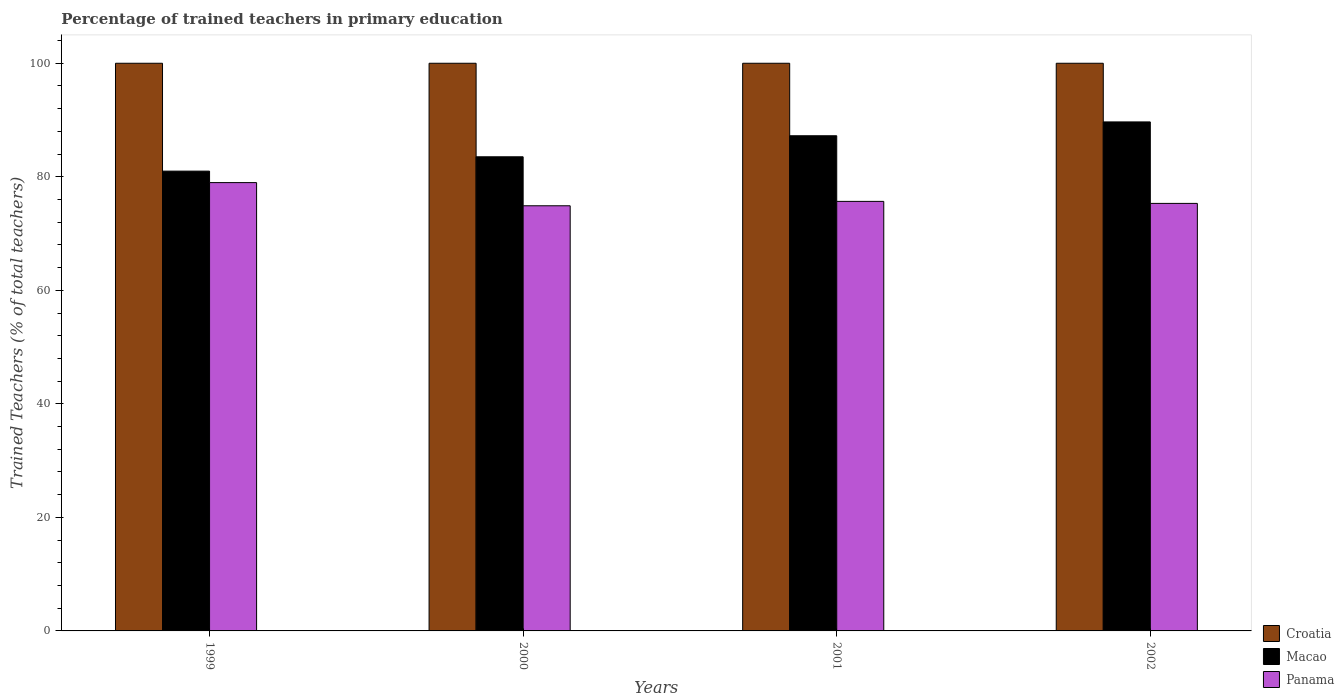
| Years | Croatia | Macao | Panama |
 | --- | --- | --- | --- |
 | 1999 | 100 | 81 | 79 |
 | 2000 | 100 | 83.5 | 74.9 |
 | 2001 | 100 | 87.2 | 75.7 |
 | 2002 | 100 | 89.7 | 75.3 |